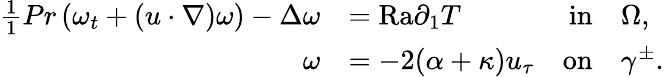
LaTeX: \begin{array}{rlrl}{\frac{1}{1}{{Pr}}\left(\omega_{t}+(u\cdot\nabla)\omega\right)-\Delta\omega}&{={\mathrm{Ra}}\partial_{1}T}&{\textnormal{in}}&{\Omega,}\\ {\omega}&{=-2(\alpha+\kappa)u_{\tau}}&{\textnormal{on}}&{\gamma^{\pm}.}\end{array}